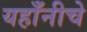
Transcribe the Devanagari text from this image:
यहाँनीचे